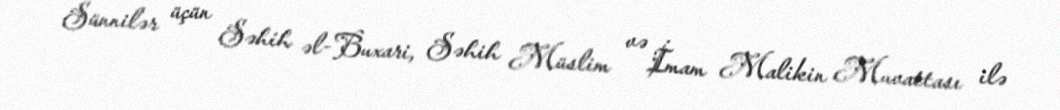
Sünnilər üçün Səhih əl-Buxari, Səhih Müslim və İmam Malikin Muvattası ilə